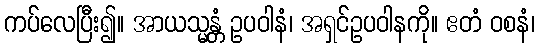
ကပ်လေပြီး၍။ အာယသ္မန္တံ ဥပဝါနံ၊ အရှင်ဥပဝါနကို။ ဧတံ ဝစနံ၊